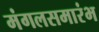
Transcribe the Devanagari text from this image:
मंगलसमारंभ